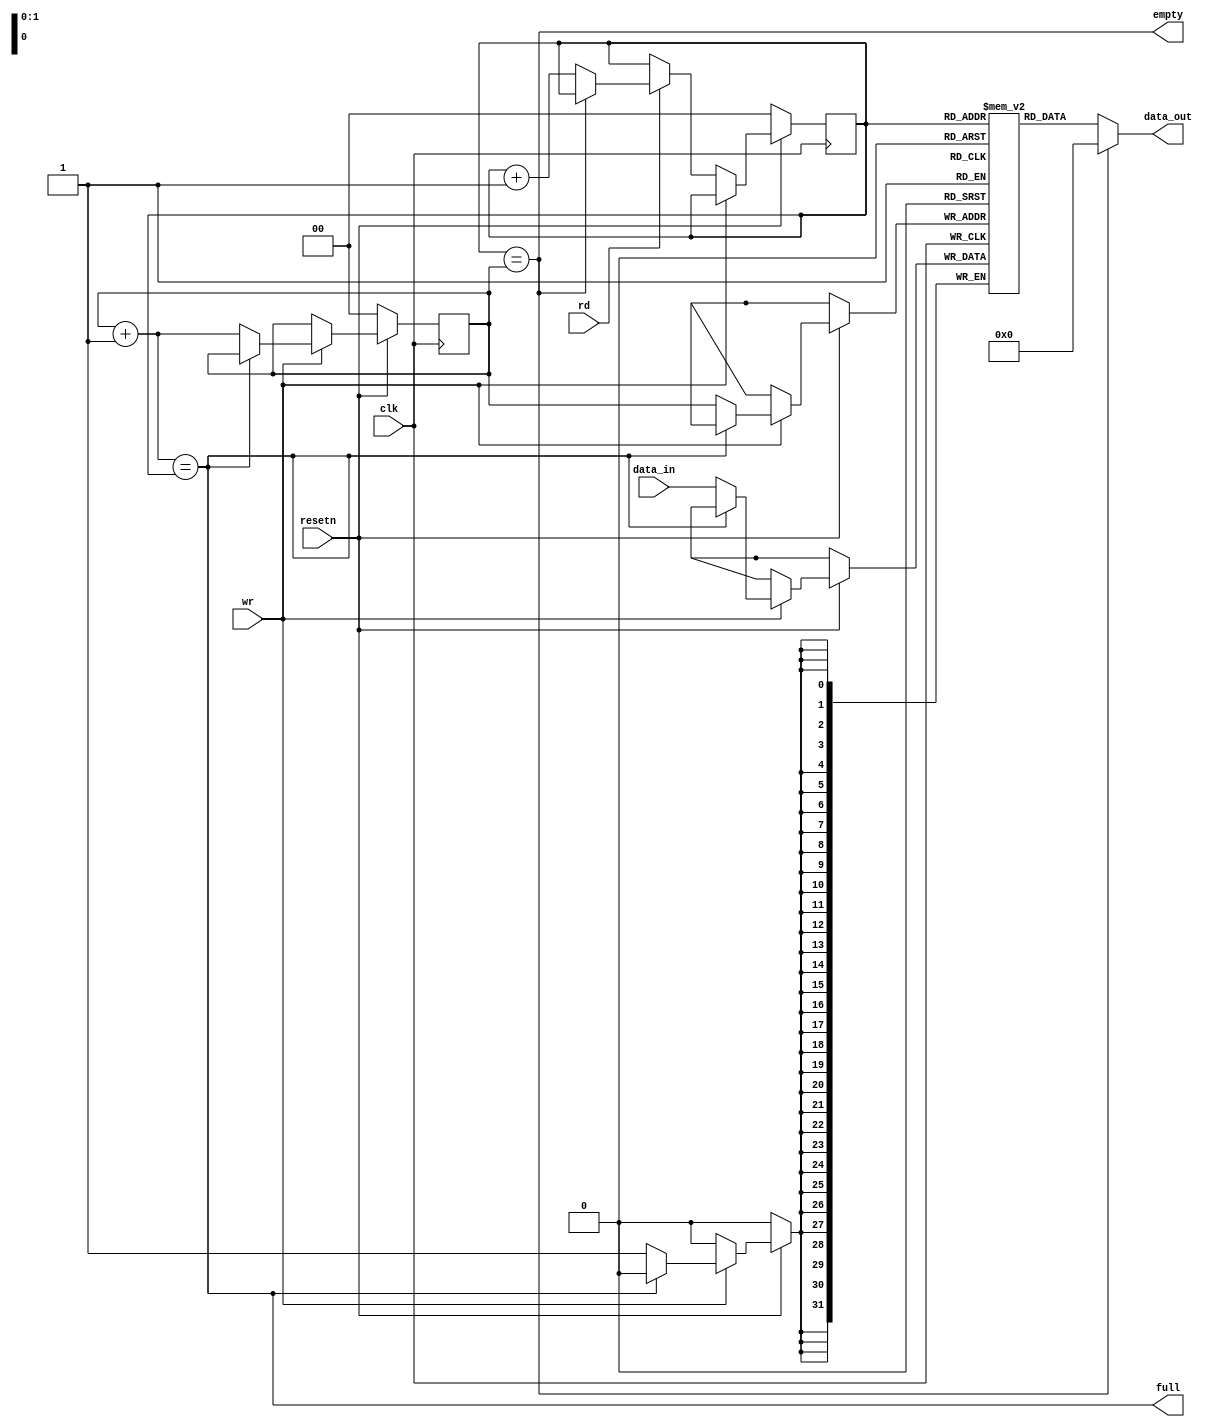
module fifo #(
    parameter WIDTH = 32,
    parameter CAPACITY_LOG2 = 2 /* actual usable capacity is 2^CAPACITY_LOG2-1 */
) (
    input clk,
    input resetn,
    input rd,
    input wr,
    input [WIDTH-1:0] data_in,
    output full,
    output empty,
    output [WIDTH-1:0] data_out
);

reg [WIDTH-1:0] data [(2**CAPACITY_LOG2)-1:0]; /* we waste a slot in this buffer */
reg [CAPACITY_LOG2-1:0] head;
reg [CAPACITY_LOG2-1:0] tail;

wire empty = head == tail;
wire full = tail + CAPACITY_LOG2'1 == head;

always @(posedge clk) begin
    if (!resetn) begin
        head <= 0;
        tail <= 0;
    end else begin
        if (wr) begin
            if (!full) begin
                data[tail] <= data_in;
                tail <= tail + 1;
            end
        end else if (rd) begin
            if (!empty) begin
                head <= head + 1; /* note that we don't clear data */
            end
        end
    end
end

always @(*) begin
    data_out = empty ? 0 : data[head];
end

endmodule